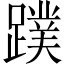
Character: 蹼